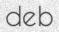
deb